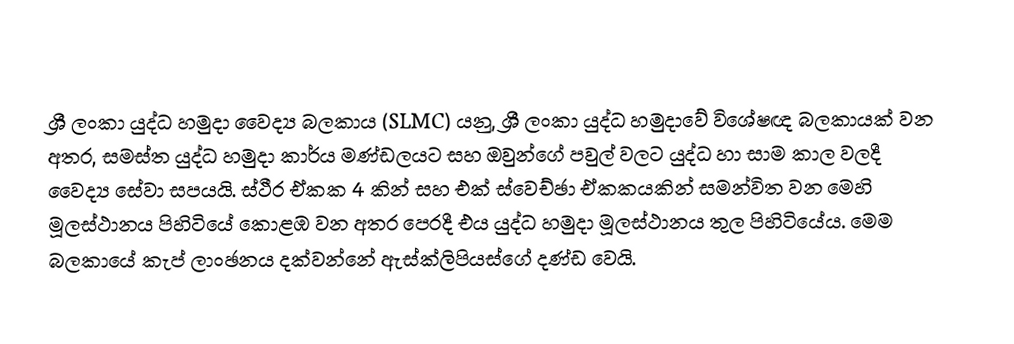
ශ්‍රී ලංකා යුද්ධ හමුදා වෛද්‍ය බලකාය (SLMC) යනු,  ශ්‍රී ලංකා යුද්ධ හමුදාවේ විශේෂඥ බලකායක්  වන අතර, සමස්ත යුද්ධ හමුදා කාර්ය මණ්ඩලයට සහ ඔවුන්ගේ පවුල් වලට යුද්ධ හා සාම කාල වලදී  වෛද්‍ය සේවා සපයයි. ස්ථීර ඒකක  4 කින් සහ එක් ස්වෙච්ඡා ඒකකයකින් සමන්විත වන මෙහි මූලස්ථානය පිහිටියේ කොළඹ වන අතර පෙරදී එය යුද්ධ හමුදා මූලස්ථානය තුල පිහිටියේය. මෙම බලකායේ  කැප්  ලාංඡනය දක්වන්නේ  ඇස්ක්ලිපියස්ගේ දණ්ඩ වෙයි.